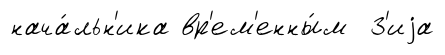
нача́льн'ика вр'ем'енны́м З'иjа